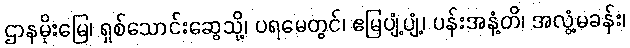
ဌာနမိုးမြေ၊ ရှစ်သောင်းဆွေသို့၊ ပရမေတွင်၊ ဧမြပျံ့ပျံ့၊ ပန်းအနံ့တိ၊ အလွံ့မခန်း၊